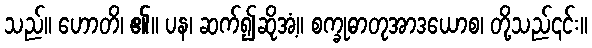
သည်။ ဟောတိ၊ ၏။ ပန၊ ဆက်၍ဆိုအံ့။ စက္ခုဓာတုအာဒယောစ၊ တို့သည်၎င်း။